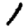
Digit: 1